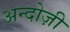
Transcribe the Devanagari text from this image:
अन्दोज़ी